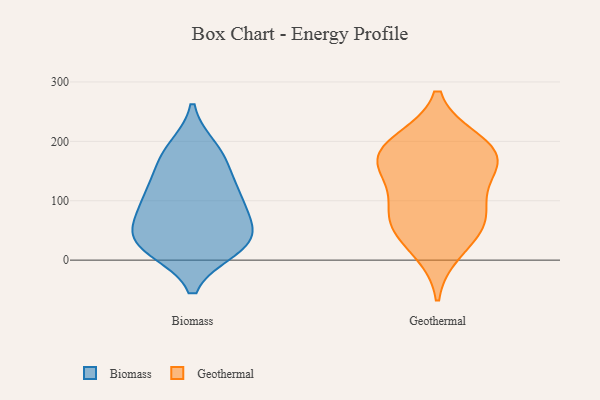
{"axis": {"x": "Conversion Rate (%)", "y": "Value"}, "legend": ["Biomass", "Geothermal"], "data": [{"x": "", "y": 157, "type": "Biomass"}, {"x": "", "y": 31, "type": "Biomass"}, {"x": "", "y": 111, "type": "Biomass"}, {"x": "", "y": 98, "type": "Biomass"}, {"x": "", "y": 86, "type": "Biomass"}, {"x": "", "y": 51, "type": "Biomass"}, {"x": "", "y": 52, "type": "Biomass"}, {"x": "", "y": 20, "type": "Biomass"}, {"x": "", "y": 178, "type": "Biomass"}, {"x": "", "y": 117, "type": "Biomass"}, {"x": "", "y": 27, "type": "Biomass"}, {"x": "", "y": 23, "type": "Biomass"}, {"x": "", "y": 187, "type": "Biomass"}, {"x": "", "y": 169, "type": "Geothermal"}, {"x": "", "y": 70, "type": "Geothermal"}, {"x": "", "y": 53, "type": "Geothermal"}, {"x": "", "y": 200, "type": "Geothermal"}, {"x": "", "y": 197, "type": "Geothermal"}, {"x": "", "y": 16, "type": "Geothermal"}, {"x": "", "y": 145, "type": "Geothermal"}, {"x": "", "y": 95, "type": "Geothermal"}, {"x": "", "y": 171, "type": "Geothermal"}, {"x": "", "y": 69, "type": "Geothermal"}, {"x": "", "y": 164, "type": "Geothermal"}]}